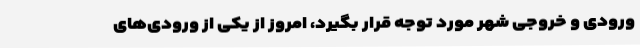
ورودی و خروجی شهر مورد توجه قرار بگیرد، امروز از یکی از ورودی‌های